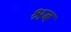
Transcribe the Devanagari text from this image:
श्रब